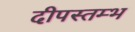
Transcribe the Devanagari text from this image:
दीपस्तम्भ